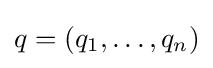
q=\left(q_{1},\ldots ,q_{n}\right)